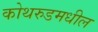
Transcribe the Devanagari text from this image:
कोथरुडमधील